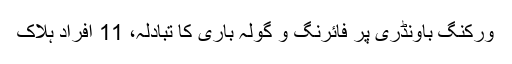
ورکنگ باؤنڈری پر فائرنگ و گولہ باری کا تبادلہ، 11 افراد ہلاک